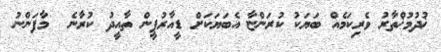
ޚުދުމުޚްތާރު ވެރިކަމެއް ބަޔަކު ކުރަންޏާ އެބަޔަކަށް ޑީއާރުޕީން ތާއީދު ކުރާނެ  މާފަންނު